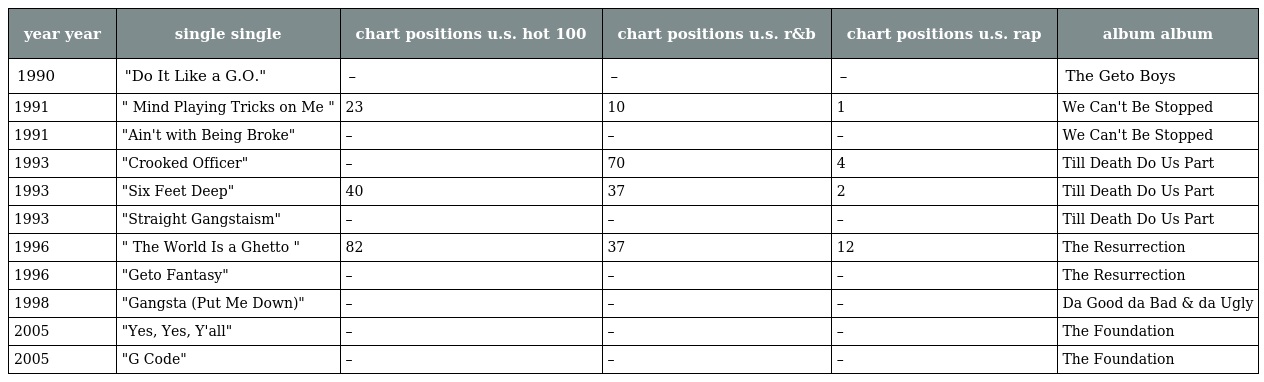
| year year | single single | chart positions u.s. hot 100 | chart positions u.s. r&b | chart positions u.s. rap | album album |
 | --- | --- | --- | --- | --- | --- |
 | 1990 | "Do It Like a G.O." | – | – | – | The Geto Boys |
 | 1991 | " Mind Playing Tricks on Me " | 23 | 10 | 1 | We Can't Be Stopped |
 | 1991 | "Ain't with Being Broke" | – | – | – | We Can't Be Stopped |
 | 1993 | "Crooked Officer" | – | 70 | 4 | Till Death Do Us Part |
 | 1993 | "Six Feet Deep" | 40 | 37 | 2 | Till Death Do Us Part |
 | 1993 | "Straight Gangstaism" | – | – | – | Till Death Do Us Part |
 | 1996 | " The World Is a Ghetto " | 82 | 37 | 12 | The Resurrection |
 | 1996 | "Geto Fantasy" | – | – | – | The Resurrection |
 | 1998 | "Gangsta (Put Me Down)" | – | – | – | Da Good da Bad & da Ugly |
 | 2005 | "Yes, Yes, Y'all" | – | – | – | The Foundation |
 | 2005 | "G Code" | – | – | – | The Foundation |